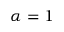
\alpha = 1